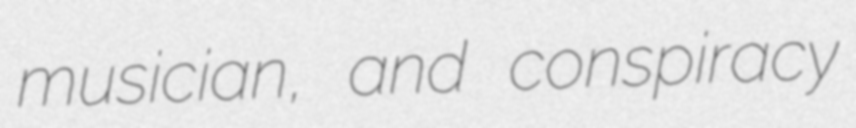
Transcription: musician, and conspiracy